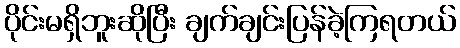
ပိုင်းမရှိဘူးဆိုပြီး ချက်ချင်းပြန်ခဲ့ကြရတယ်